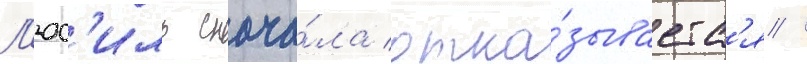
Л'юс'иль снача́ла отка́зываетс'я /